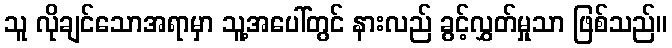
သူ လိုချင်သောအရာမှာ သူ့အပေါ်တွင် နားလည် ခွင့်လွှတ်မှုသာ ဖြစ်သည်။